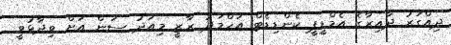
ދިއްގަރު ދާއިރާގެ އެމްޑީޕީ ކެންޑިޑެޓް އަހްމަދު ރާޒީ މިއަދު ސަން އަށް ވިދާޅުވީ